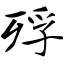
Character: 殍